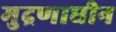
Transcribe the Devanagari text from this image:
मुद्रणाधीन